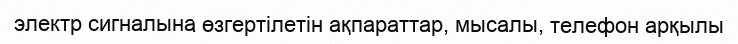
электр сигналына өзгертілетін ақпараттар, мысалы, телефон арқылы